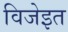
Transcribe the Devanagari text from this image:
विजेइत